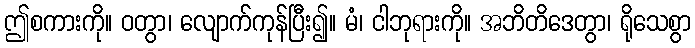
ဤစကားကို။ ဝတွာ၊ လျောက်ကုန်ပြီး၍။ မံ၊ ငါဘုရားကို။ အဘိတိဒေတွာ၊ ရိုသေစွာ